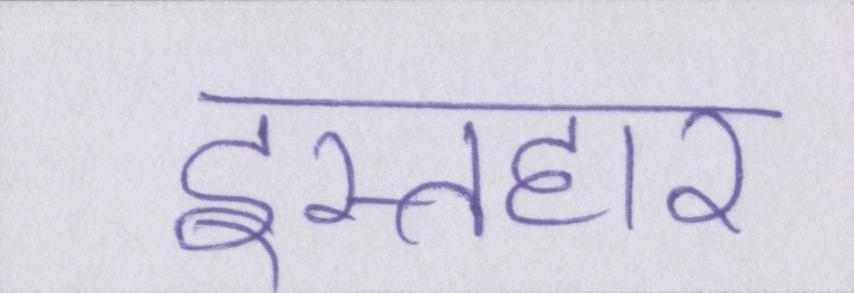
इस्तहार